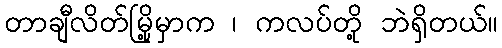
တာချီလိတ်မြို့မှာက ၊ ကလပ်တို့ ဘဲရှိတယ်။